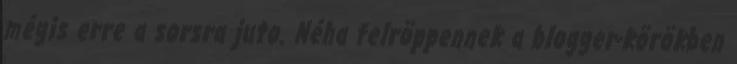
mégis erre a sorsra juto. Néha felröppennek a blogger-körökben